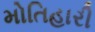
મોતિહારી